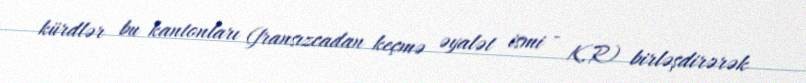
kürdlər bu kantonları (fransızcadan keçmə əyalət ismi - K.R) birləşdirərək